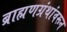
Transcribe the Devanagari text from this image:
ब्राह्मणग्रंथांवरून